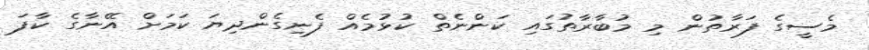
މެސީގެ ފަރާތުން މި މުބާރާތުގައި ކަންނެތް ކުޅުމެއް ފެނިގެންދިޔަ ކަމަށް އޭނާގެ ކާފަ